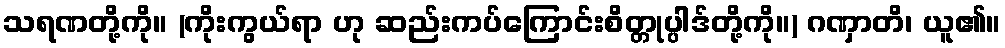
သရဏတို့ကို။ (ကိုးကွယ်ရာ ဟု ဆည်းကပ်ကြောင်းစိတ္တုပ္ပါဒ်တို့ကို။) ဂဏှာတိ၊ ယူ၏။